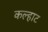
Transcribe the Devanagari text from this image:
कल्हाट